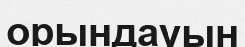
орындауын